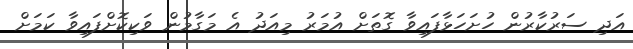
އަދި ސަރުކާރުން ހުށަހަޅާފައިވާ ގޮތަށް އުމަރު މިއަދު އެ މަގާމުން ވަކިކޮށްފައިވާ ކަމަށް